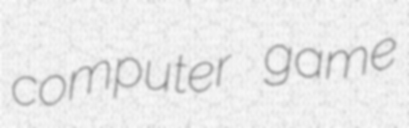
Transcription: computer game